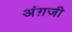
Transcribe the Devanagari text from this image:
अंग़जी